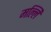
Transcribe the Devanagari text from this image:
मल्लि